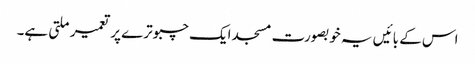
اس کے بائیں یہ خوبصورت مسجد ایک چبوترے پر تعمیر ملتی ہے۔